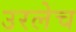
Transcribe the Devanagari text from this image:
उरलेच